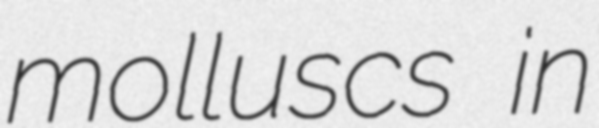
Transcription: molluscs in